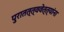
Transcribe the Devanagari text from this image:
पुरातत्त्ववेत्त्यांना